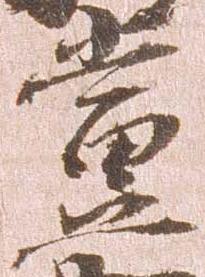
当